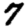
Digit: 7